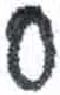
אות: ס